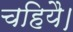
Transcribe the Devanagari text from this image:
चहियै।